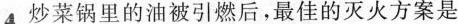
4. 炒菜锅里的油被引燃后，最佳的灭火方案是